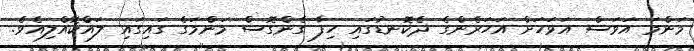
މަންމަ އަވަސް އަވަހަށް އަހަރެންގެ ދެކޮނޑުގައި ހިފާ ގެންގޮސް މަންމަގެ ގައިގައި ލައްކޮއްލިއެވެ.